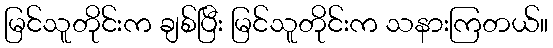
မြင်သူတိုင်းက ချစ်ပြီး မြင်သူတိုင်းက သနားကြတယ်။